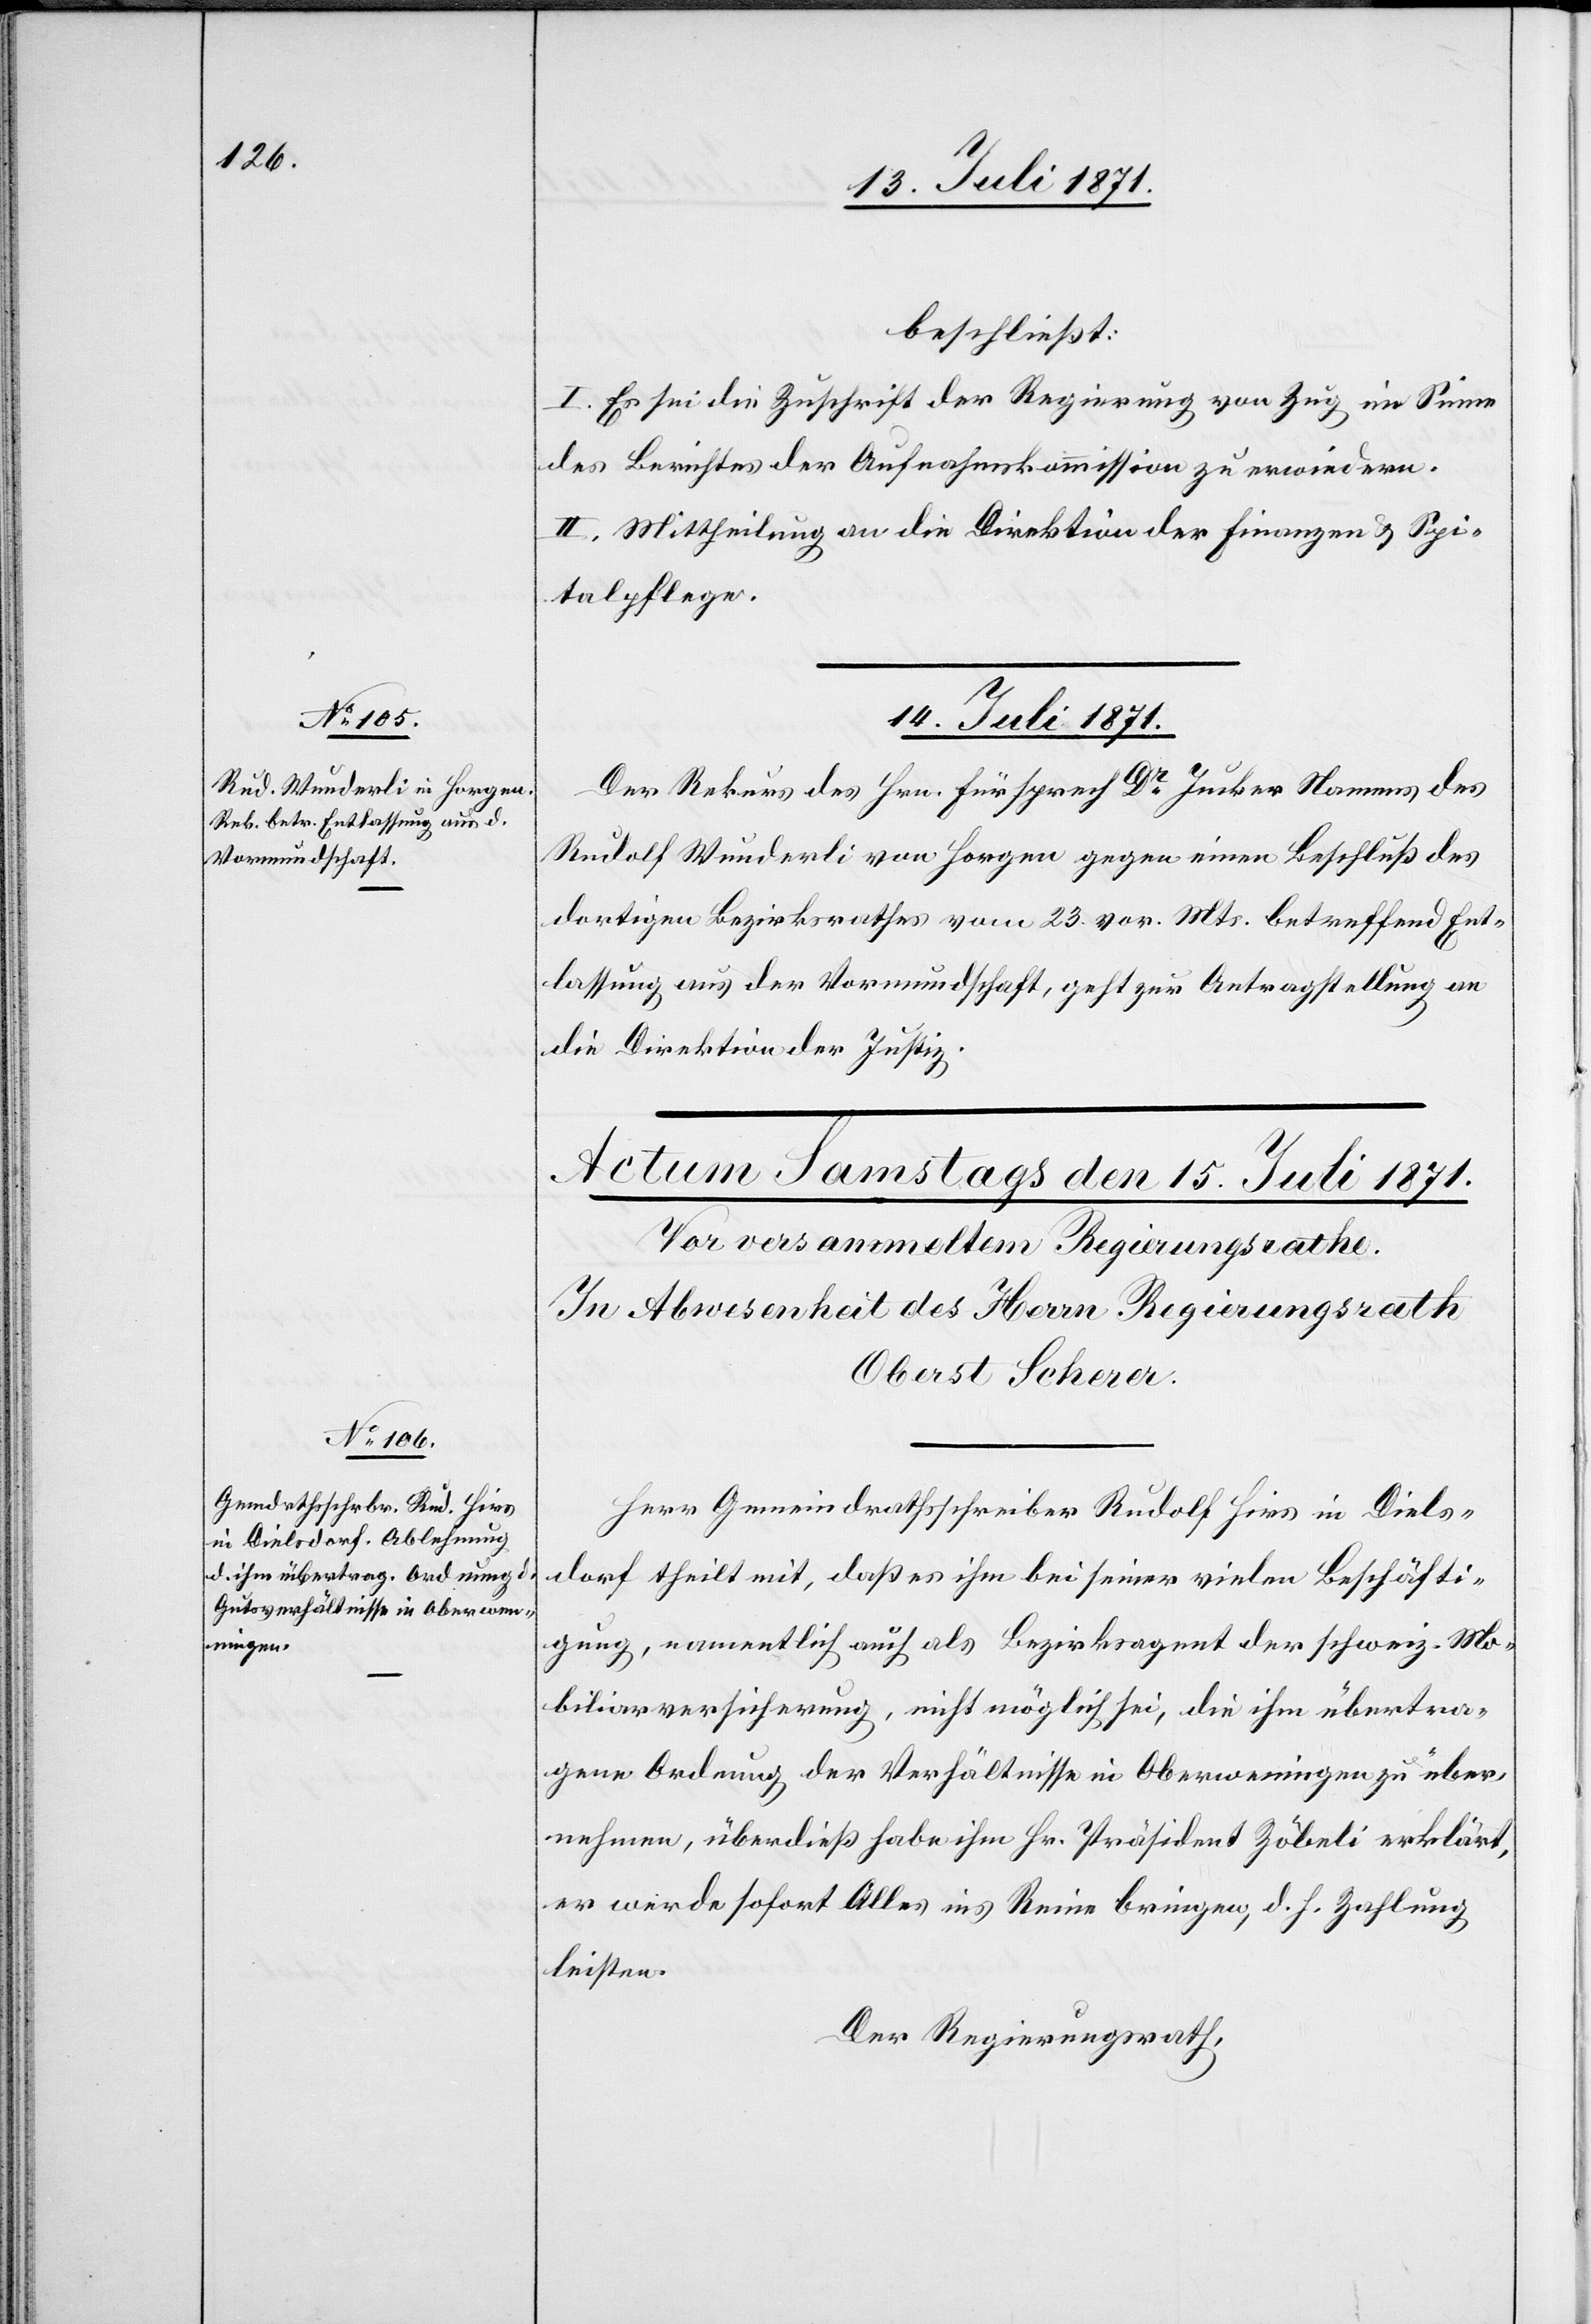
beschließt:
I. Es sei die Zuschrift der Regierung von Zug im Sinne
des Berichtes der Aufnahmskommission zu erwiedern.
II. Mittheilung an die Direktion der Finanzen u. Spi¬
talpflege.
14. Juli 1871.
Der Rekurs des Hrn. Fürsprech Dr. Jucker Namens des
Rudolf Wunderli von Horgen gegen einen Beschluß des
dortigen Bezirksrathes vom 23. vor. Mts. betreffend Ent¬
lassung aus der Vormundschaft, geht zur Antragstellung an
die Direktion der Justiz.
Herr Gemeindrathsschreiber Rudolf Hirs in Diels¬
dorf theilt mit, daß es ihm bei seiner vielen Beschäfti¬
gung, namentlich auch als Bezirksrath der schweiz. Mo¬
biliarversicherung, nicht möglich sei, die ihm übertra¬
gene Ordnung der Verhältnisse in Oberweningen zu über¬
nehmen, überdieß habe ihm Hr. Präsident Zöbeli erklärt,
er werde sofort Alles ins Reine bringen, d. h. Zahlung
leisten.
Der Regierungsrath,